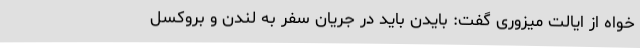
خواه از ایالت میزوری گفت: بایدن باید در جریان سفر به لندن و بروکسل